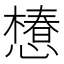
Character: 𢢫